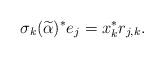
\begin{align*}\sigma_{k}(\widetilde{\alpha})^{*}e_{j}=x_{k}^{*}r_{j,k}.\end{align*}